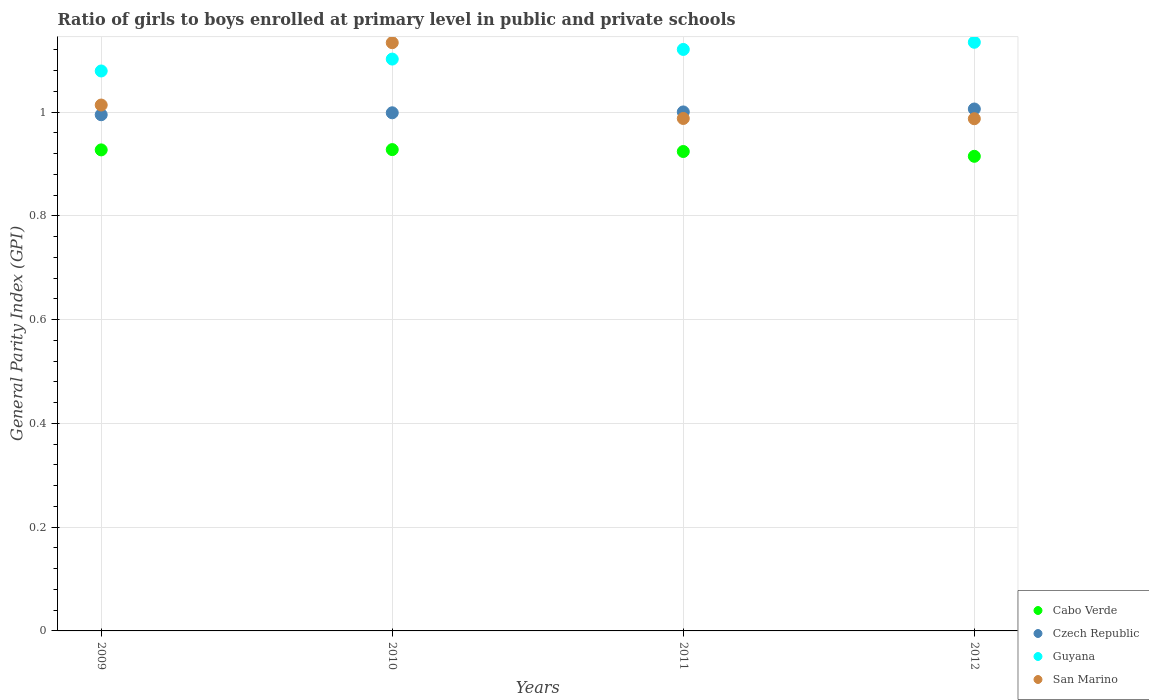
| Years | Cabo Verde | Czech Republic | Guyana | San Marino |
 | --- | --- | --- | --- | --- |
 | 2009 | 0.927 | 0.995 | 1.08 | 1.01 |
 | 2010 | 0.928 | 0.998 | 1.1 | 1.13 |
 | 2011 | 0.924 | 1 | 1.12 | 0.988 |
 | 2012 | 0.915 | 1.01 | 1.13 | 0.987 |